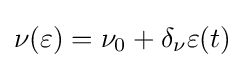
\nu (\varepsilon )=\nu _{0}+\delta _{\nu }\varepsilon (t)